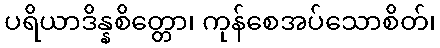
ပရိယာဒိန္နစိတ္တော၊ ကုန်စေအပ်သောစိတ်၊